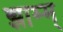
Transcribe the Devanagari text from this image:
झाम्म्